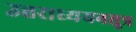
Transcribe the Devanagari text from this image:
उत्तराध्ययनसूत्र